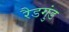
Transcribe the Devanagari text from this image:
रैडगुंड